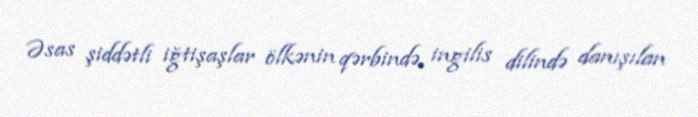
Əsas şiddətli iğtişaşlar ölkənin qərbində, ingilis dilində danışılan